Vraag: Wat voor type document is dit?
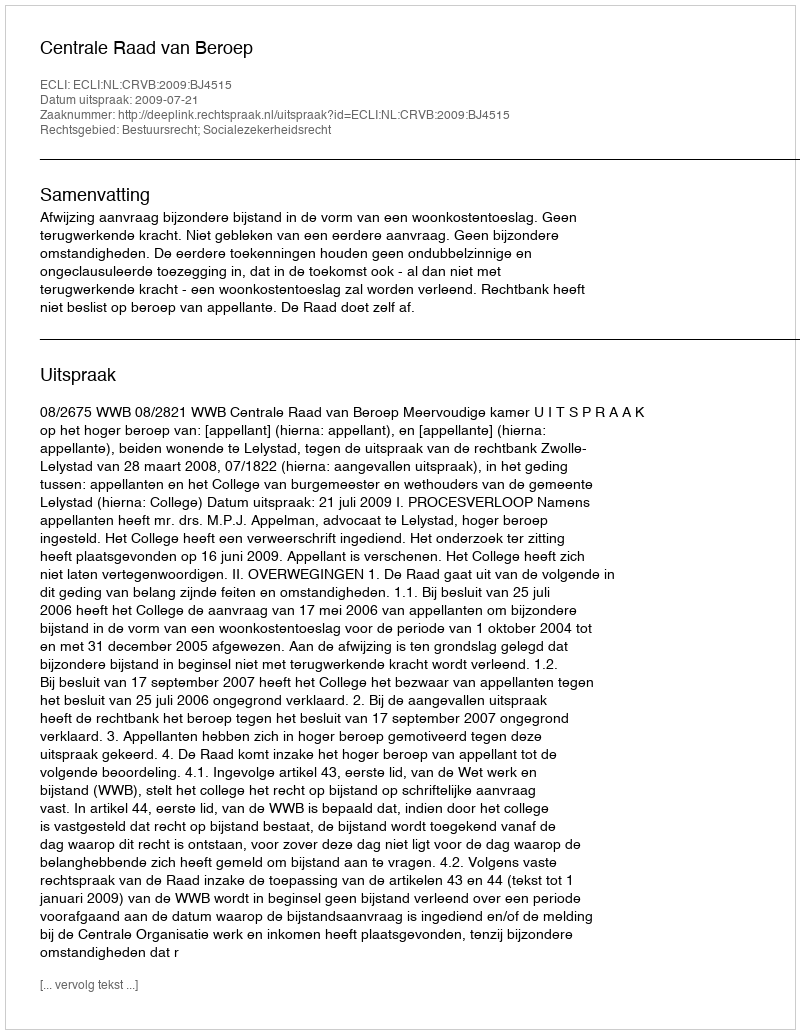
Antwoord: Uitspraak